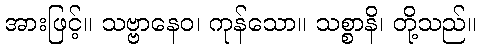
အားဖြင့်။ သဗ္ဗာနေဝ၊ ကုန်သော။ သစ္စာနိ၊ တို့သည်။